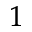
^ 1